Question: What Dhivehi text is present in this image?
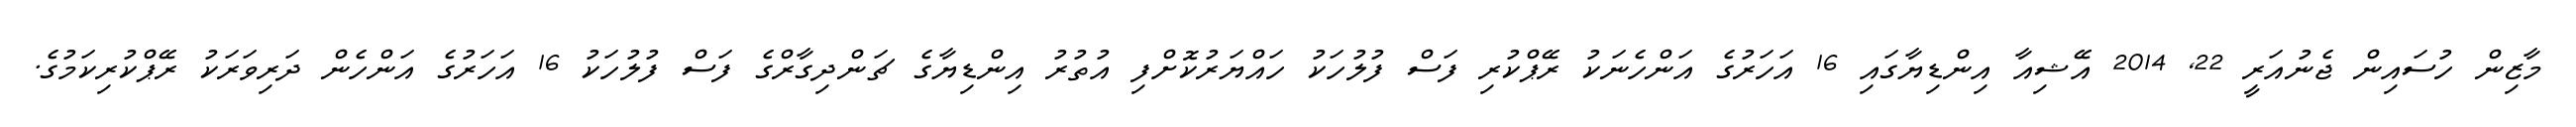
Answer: މާޒިން ހުސައިން ޖެނުއަރީ 22, 2014 އޭޝިއާ އިންޑިޔާގައި 16 އަހަރުގެ އަންހެނަކު ރޭޕްކުރި ފަސް ފުލުހަކު ހައްޔަރުކޮށްފި އުތުރު އިންޑިޔާގެ ޗަންދިގާރްގެ ފަސް ފުލުހަކު 16 އަހަރުގެ އަންހެން ދަރިވަރަކު ރޭޕްކުރިކަމުގެ.